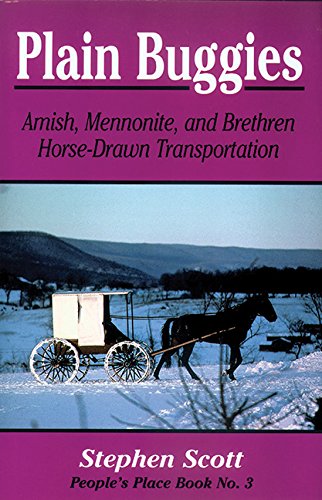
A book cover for Plain Buggies: Amish, Mennonite, And Brethren Horse-Drawn Transportation. People's Place Book N; Stephen Scott; Christian Books & Bibles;